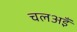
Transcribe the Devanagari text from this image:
चलअइँ